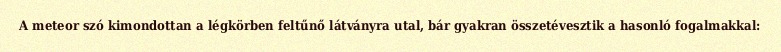
A meteor szó kimondottan a légkörben feltűnő látványra utal, bár gyakran összetévesztik a hasonló fogalmakkal: